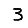
Digit: 3